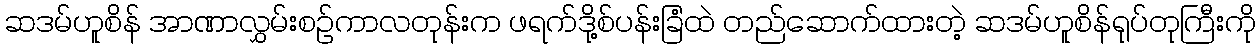
ဆဒမ်ဟူစိန် အာဏာလွှမ်းစဉ်ကာလတုန်းက ဖရက်ဒို့စ်ပန်းခြံထဲ တည်ဆောက်ထားတဲ့ ဆဒမ်ဟူစိန်ရုပ်တုကြီးကို